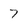
Character: 7